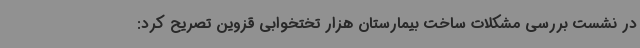
در نشست بررسی مشکلات ساخت بیمارستان هزار تختخوابی قزوین تصریح کرد: